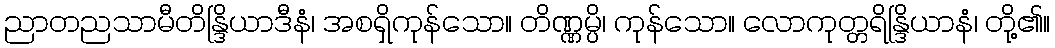
ညာတညသာမီတိန္ဒြိယာဒီနံ၊ အစရှိကုန်သော။ တိဏ္ဏမ္ပိ၊ ကုန်သော။ လောကုတ္တရိန္ဒြိယာနံ၊ တို့၏။